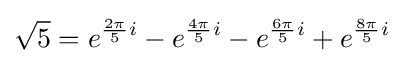
{\sqrt {5}}=e^{{\frac {2\pi }{5}}i}-e^{{\frac {4\pi }{5}}i}-e^{{\frac {6\pi }{5}}i}+e^{{\frac {8\pi }{5}}i}